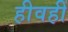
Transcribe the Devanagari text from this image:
हीवहीं